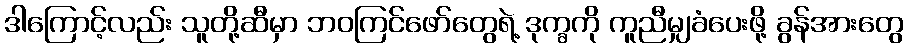
ဒါကြောင့်လည်း သူတို့ဆီမှာ ဘဝကြင်ဖော်တွေရဲ့ ဒုက္ခကို ကူညီမျှခံပေးဖို့ ခွန်အားတွေ